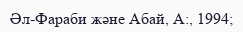
Әл-Фараби және Абай, А:, 1994;